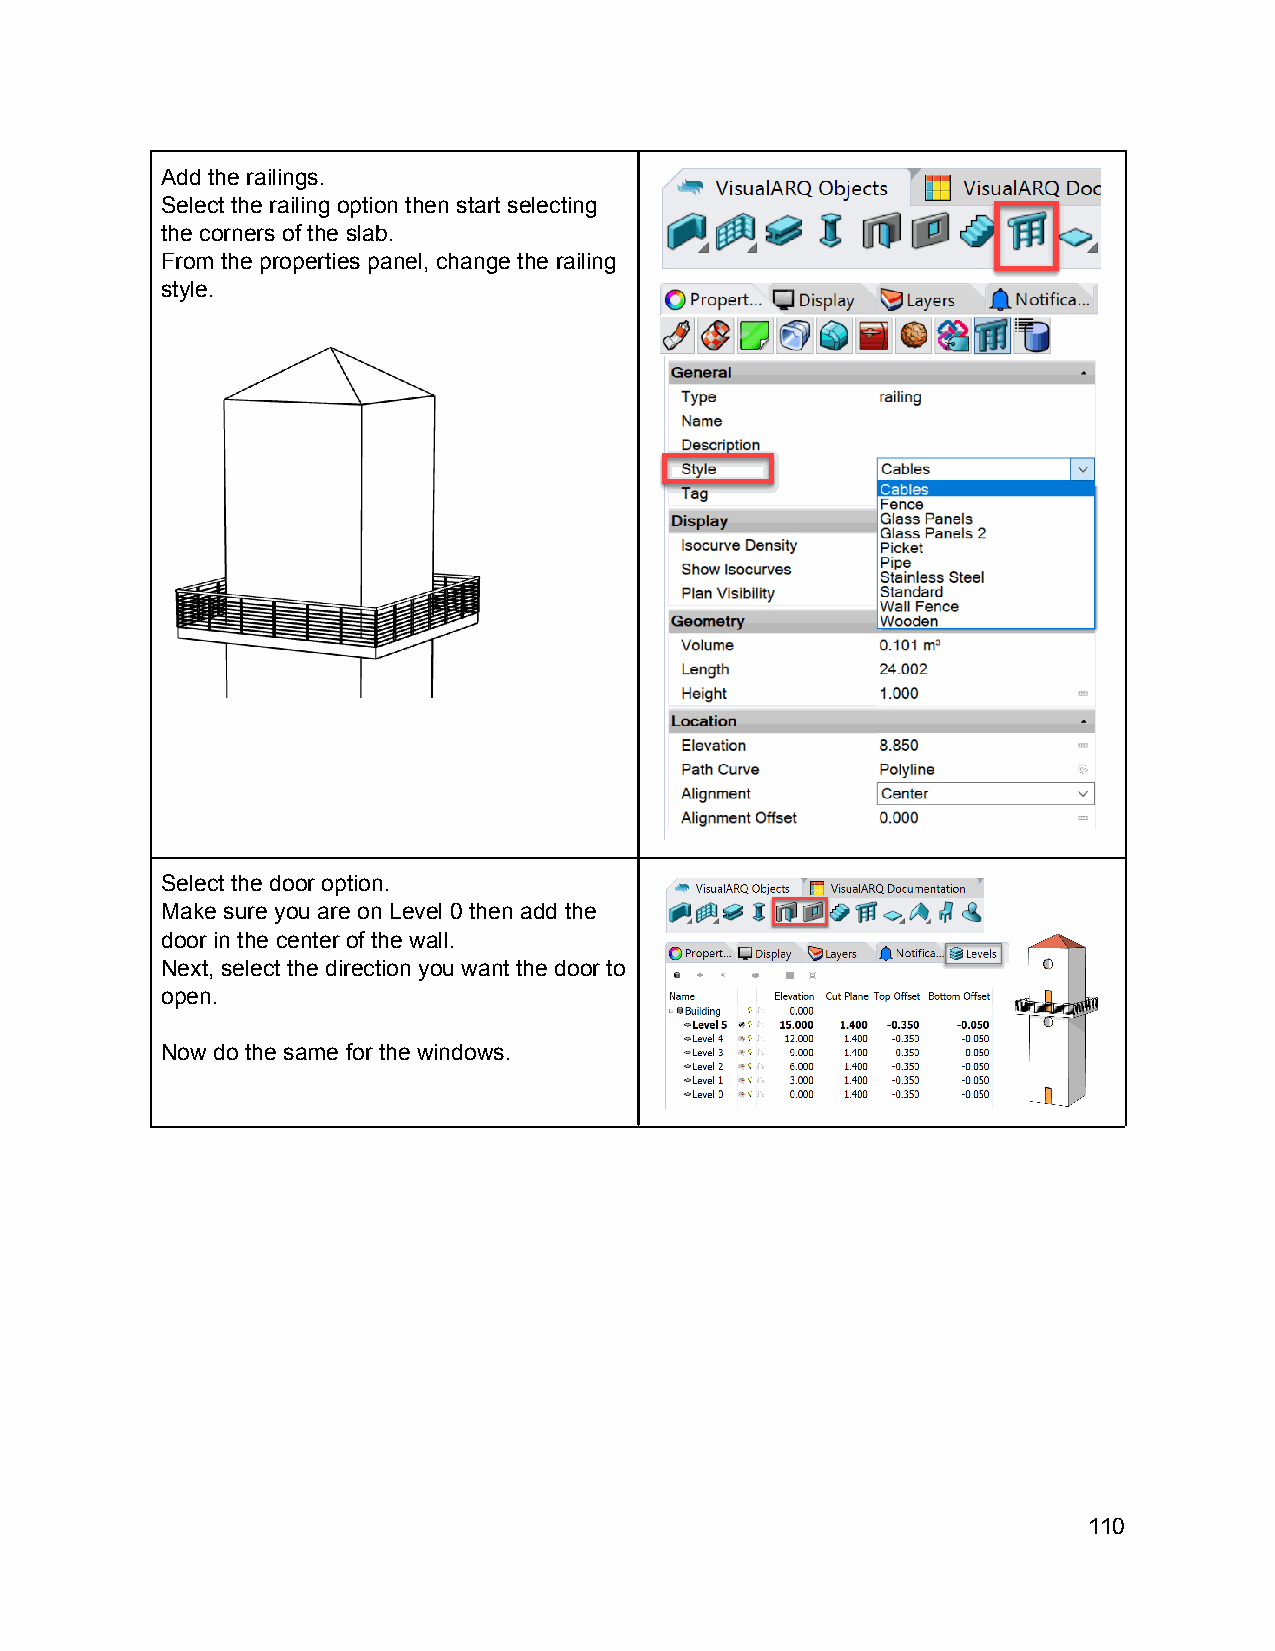
Add the railings.
 Select the railing option then start selecting
 the corners of the slab.
 From the properties panel, change the railing
 style.
 Select the door option.
 Make sure you are on Level 0 then add the
 door in the center of the wall.
 Next, select the direction you want the door to
 open.
 Now do the same for the windows.
 110